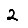
Digit: 2